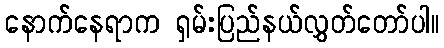
နောက်နေရာက ရှမ်းပြည်နယ်လွှတ်တော်ပါ။